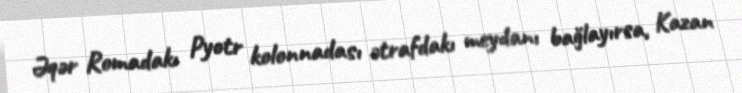
Əqər Romadakı Pyotr kolonnadası ətrafdakı meydanı bağlayırsa, Kazan